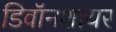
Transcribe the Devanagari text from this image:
डिवॉनशायर